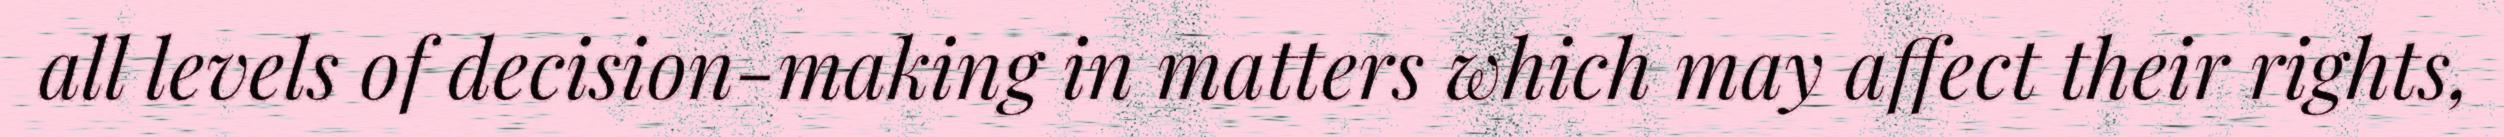
all levels of decision-making in matters which may affect their rights,